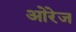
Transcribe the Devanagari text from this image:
ओरेज